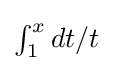
{\textstyle \int _{1}^{x}dt/t}